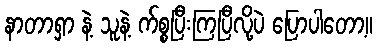
နာတာရှာ နဲ့ သူနဲ့ က်စ္စပြီးကြပြီလို့ပဲ ပြောပါတော့။